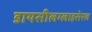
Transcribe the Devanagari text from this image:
डायसीलग्लाइसेरल